Lunatic asylums Punjab 1895-1910 - 1895-1910
Year: 1895
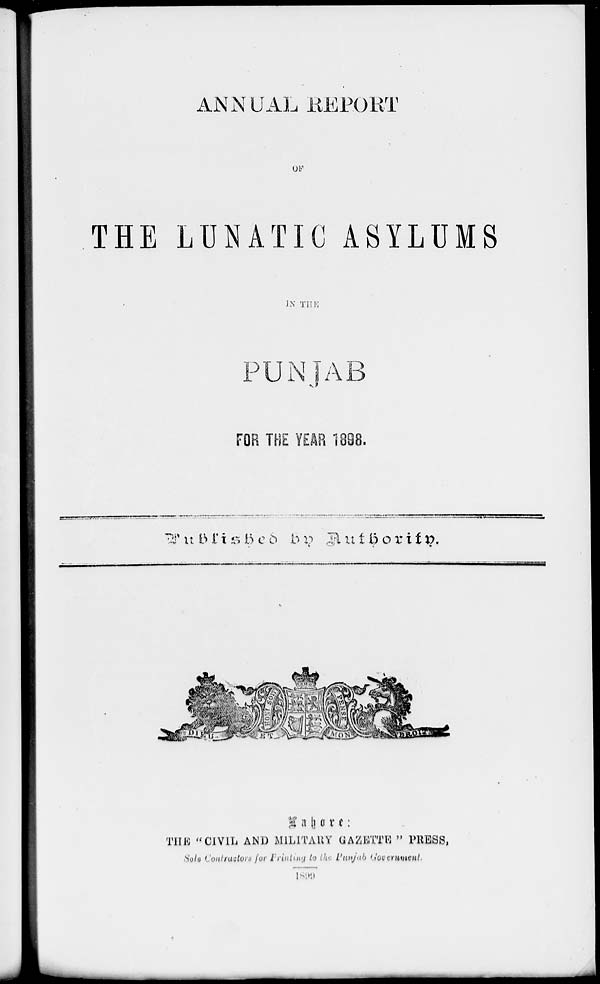
ANNUAL REPORT
OF
THE LUNATIC ASYLUMS
IN THE
PUNJAB
FOR THE YEAR 1898.
Published
by
Authority.
Lahore:
THE " CIVIL AND MILITARY GAZETTE " PRESS,
Sole Contractors for Printing to the Punjab Government.
1899